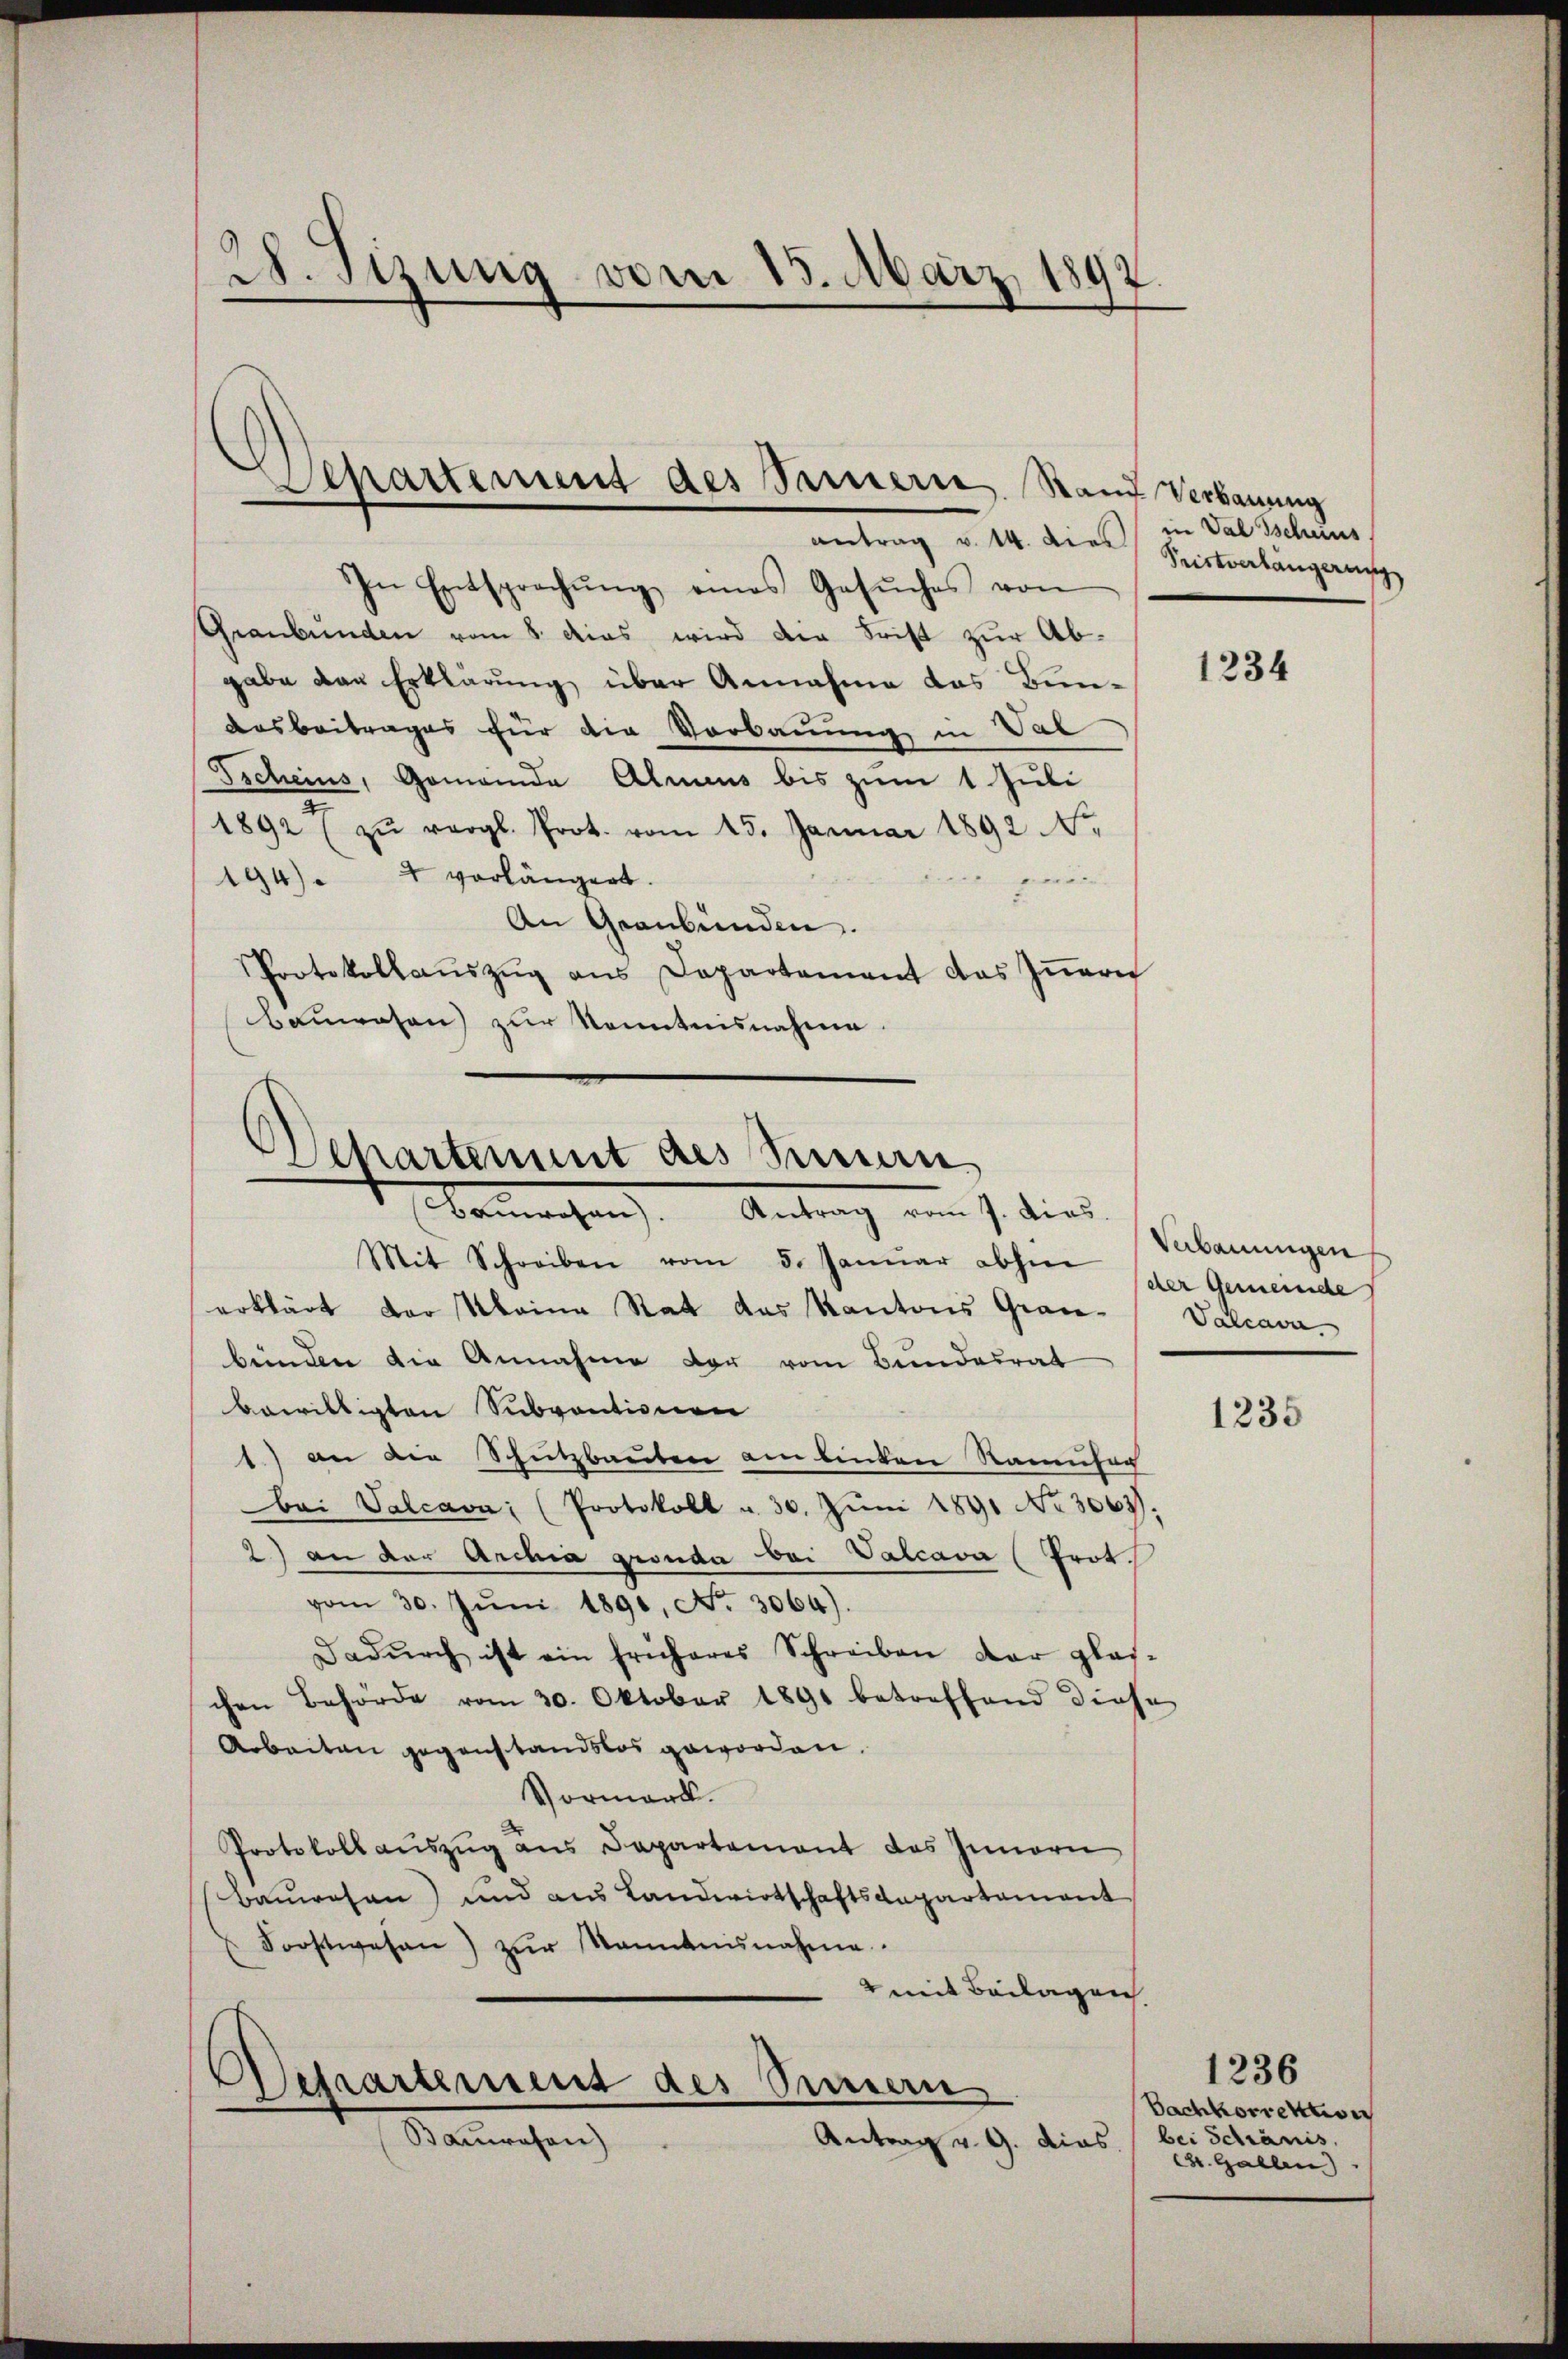
28. Sizung vom 15. März 1897

Separtement des Samerie Stand Verbauung
antrag v. 14. dies

In Entsprechŭng eines Gesŭches von
Graubünden vom 8. das wird die Frist zur Abgabe von Erklärung über Annahme das Bun¬
Ausbeitrages für die Vorbauung in Val
Tscheins, Gemeinde Almens bis zum 1 Juli
an
1892 (zŭ vergl. Prot. vom 15. Januar 1892 NNo.
194) " " vorlängert.
gerade
An Graubünden.
Protokollaŭszŭg ans Departement das Iṅern
Bauwesen zur Kenntnisnahme.

Departement des Seman
Bamachen Antrag am 1. dies

Mit Schreiben vom 5. Januar aber der Gemeinde
erklärt der Meine Rat das Kantons Grau-Valcava-
bünden die Annahme der vom Bundesrat
bewilligten Subventionen
1.) an die Schutzbauten am linken Ramusag
Bei Valcava (Protokoll u. 30. Juni 1891 No 3063).
2) an der Archia gronda bei Valcava (Prot.
vom 30. Jŭni 1890, No. 3064).
Dadŭrch ist ein früheres Schreiben dar glas-
chen Behörde vom 20. Oktober 1891 betreffend diese
Arbeiten gegenstandslos geworden.
Vormark.
Protokoll aŭszŭg ans Departement des Innern
Bauwesen) und aus Landwirtschaftsdepartement
 Forstwesen) zŭr Nanntnisnahme.
 mit Beilagen
Derartement des Sinnern
Bauwesen)
Antrag v. G. dias (bei Schränis.

in Val Tscheins
Pristverlängerung

1234

Verbauungen

1235

1236
Bachkorrektion
C. Gallen